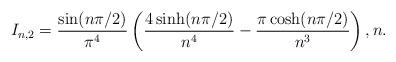
LaTeX: \begin{align*}I_{n,2} = \frac{\sin(n\pi/2)}{\pi^4}\left(\frac{4\sinh(n\pi/2)}{n^4} -\frac{\pi\cosh(n\pi/2)}{n^3}\right), n. \end{align*}